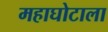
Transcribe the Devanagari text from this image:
महाघोटाला